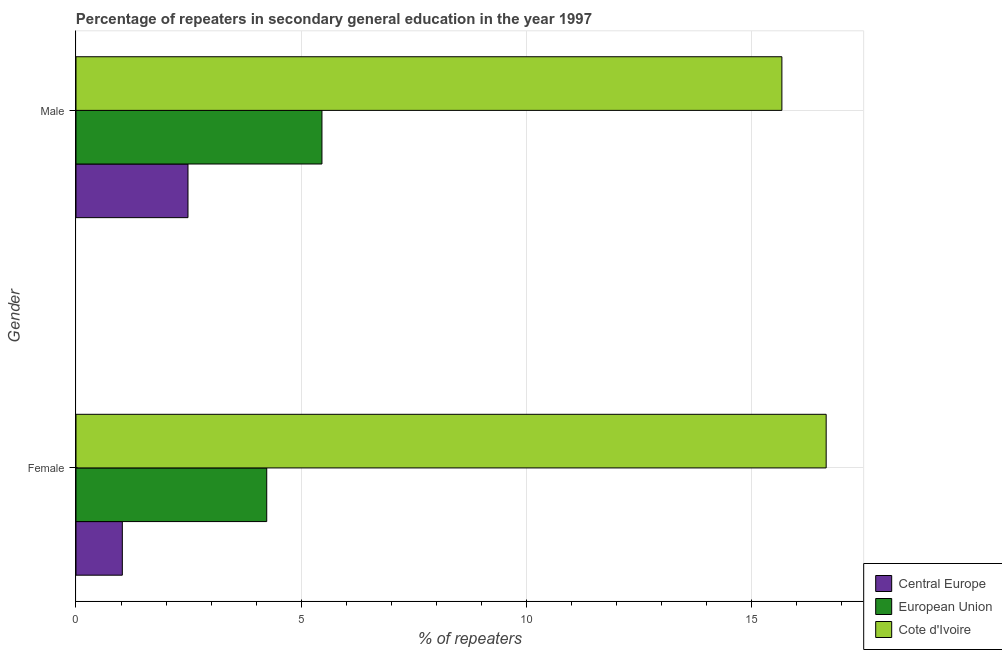
| Gender | Central Europe | European Union | Cote d'Ivoire |
 | --- | --- | --- | --- |
 | Female | 1.03 | 4.24 | 16.7 |
 | Male | 2.49 | 5.47 | 15.7 |